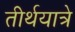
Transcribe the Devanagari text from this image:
तीर्थयात्रे